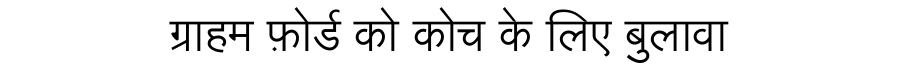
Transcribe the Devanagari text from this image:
ग्राहम फ़ोर्ड को कोच के लिए बुलावा